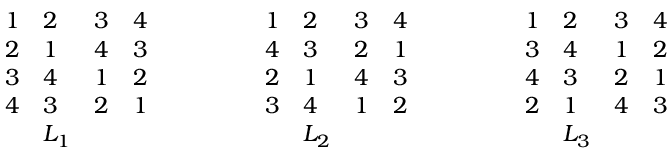
{ \begin{array} { l l l l } { 1 } & { 2 } & { 3 } & { 4 } \\ { 2 } & { 1 } & { 4 } & { 3 } \\ { 3 } & { 4 } & { 1 } & { 2 } \\ { 4 } & { 3 } & { 2 } & { 1 } \\ & { L _ { 1 } } & & \end{array} } \qquad \qquad { \begin{array} { l l l l } { 1 } & { 2 } & { 3 } & { 4 } \\ { 4 } & { 3 } & { 2 } & { 1 } \\ { 2 } & { 1 } & { 4 } & { 3 } \\ { 3 } & { 4 } & { 1 } & { 2 } \\ & { L _ { 2 } } & & \end{array} } \qquad \qquad { \begin{array} { l l l l } { 1 } & { 2 } & { 3 } & { 4 } \\ { 3 } & { 4 } & { 1 } & { 2 } \\ { 4 } & { 3 } & { 2 } & { 1 } \\ { 2 } & { 1 } & { 4 } & { 3 } \\ & { L _ { 3 } } & & \end{array} }